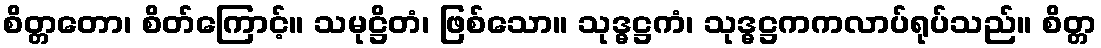
စိတ္တတော၊ စိတ်ကြောင့်။ သမုဋ္ဌိတံ၊ ဖြစ်သော။ သုဒ္ဓဋ္ဌကံ၊ သုဒ္ဓဋ္ဌကကလာပ်ရုပ်သည်။ စိတ္တ